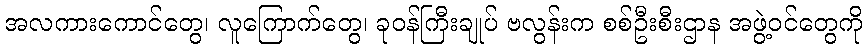
အလကားကောင်တွေ၊ လူကြောက်တွေ၊ ခုဝန်ကြီးချုပ် ဗလွန်းက စစ်ဦးစီးဌာန အဖွဲ့ဝင်တွေကို